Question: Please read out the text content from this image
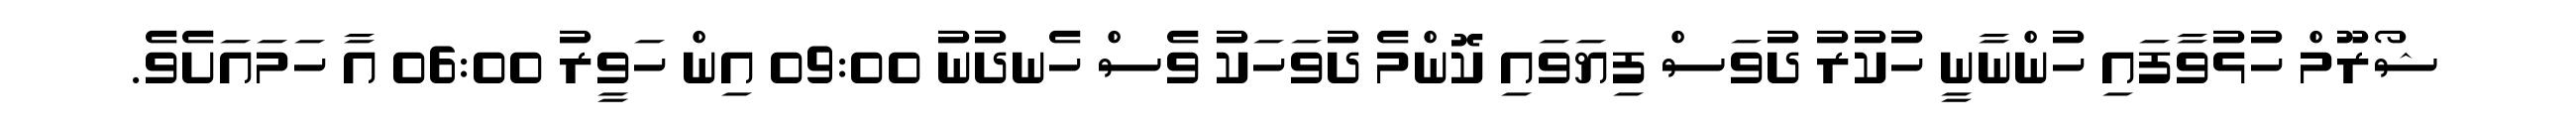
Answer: ޝޯރޫމް ހުޅުވާފައި ހުންނާނީ ހުކުރު ދުވަސް ފިޔަވައި ކޮންމެ ދުވަހަކު ވެސް ހެނދުނު 09:00 އިން ހަވީރު 06:00 އާ ހަމައަށެވެ.